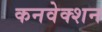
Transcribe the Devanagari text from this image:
कनवेक्शन